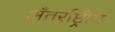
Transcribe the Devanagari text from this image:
अँतर्राष्ट्रीय